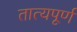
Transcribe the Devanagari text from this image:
तात्यपूर्ण